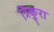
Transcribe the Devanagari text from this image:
त्रिकुरा